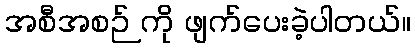
အစီအစဉ် ကို ဖျက်ပေးခဲ့ပါတယ်။